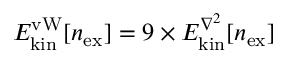
{ E _ { \mathrm { k i n } } ^ { \mathrm { v W } } [ n _ { \mathrm { e x } } ] = 9 \times E _ { \mathrm { k i n } } ^ { \boldsymbol { \nabla } ^ { 2 } } [ n _ { \mathrm { e x } } ] }